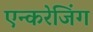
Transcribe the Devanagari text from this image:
एन्करेजिंग